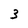
Character: 3